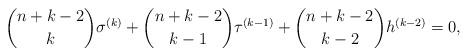
LaTeX: \begin{align*} \binom{n+k-2}{k} \sigma^{(k)} + \binom{n+k-2}{k-1} \tau^{(k-1)} + \binom{n+k-2}{k-2} h^{(k-2)} = 0, \end{align*}